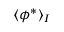
\langle \phi ^ { * } \rangle _ { I }